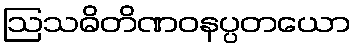
ဩသဓိတိဏဝနပ္ပတယော